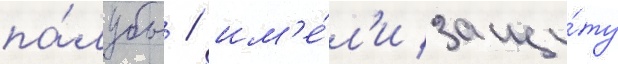
па́лубы / им'е́л'и защи́ту